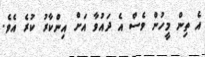
އެ ތިން މީހުން ވެސް އެ ދައުވާ އަށް އިންކާރު ކުރެ އެވެ.